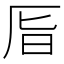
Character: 𠩊